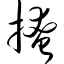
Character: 掩